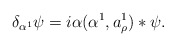
\begin{align*} \delta_{\alpha^1}\psi=i\alpha(\alpha^1,a^1_{\rho})*\psi.\end{align*}